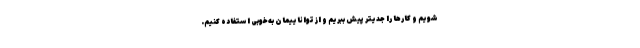
شویم و کارها را جدیتر پیش ببریم و از تواناییمان به‌خوبی استفاده کنیم.